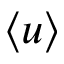
\left\langle u \right\rangle